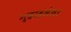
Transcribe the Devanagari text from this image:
न्हाहलेला